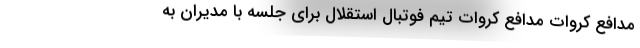
مدافع کروات مدافع کروات تیم فوتبال استقلال برای جلسه با مدیران به